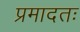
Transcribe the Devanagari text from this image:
प्रमादतः